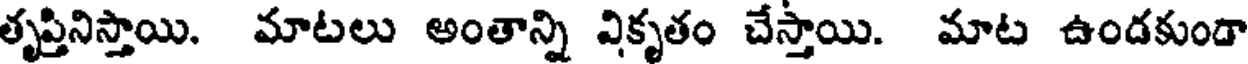
తృప్తినిస్తాయి. మాటలు అంతాన్ని వికృతం చేస్తాయి. మాట ఉండకుండా